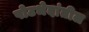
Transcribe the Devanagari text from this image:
पोटभेदांतील